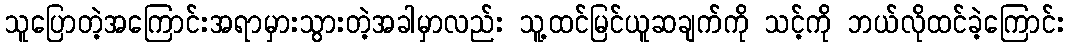
သူပြောတဲ့အကြောင်းအရာမှားသွားတဲ့အခါမှာလည်း သူ့ထင်မြင်ယူဆချက်ကို သင့်ကို ဘယ်လိုထင်ခဲ့ကြောင်း